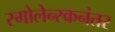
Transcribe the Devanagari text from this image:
स्मोलेन्स्कनंतर